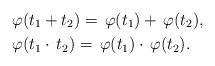
LaTeX: \begin{align*} &\varphi(t_1+t_2)=\,\varphi(t_1)+\,\varphi(t_2),\\ & \varphi(t_1 \cdot \,t_2)=\,\varphi(t_1)\cdot \,\varphi(t_2). \end{align*}